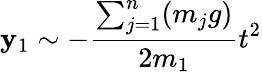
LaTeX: \mathbf{y}_{1}\sim-\frac{{\sum_{j=1}^{n}(m_{j}g)}}{{2m_{1}}}t^{2}